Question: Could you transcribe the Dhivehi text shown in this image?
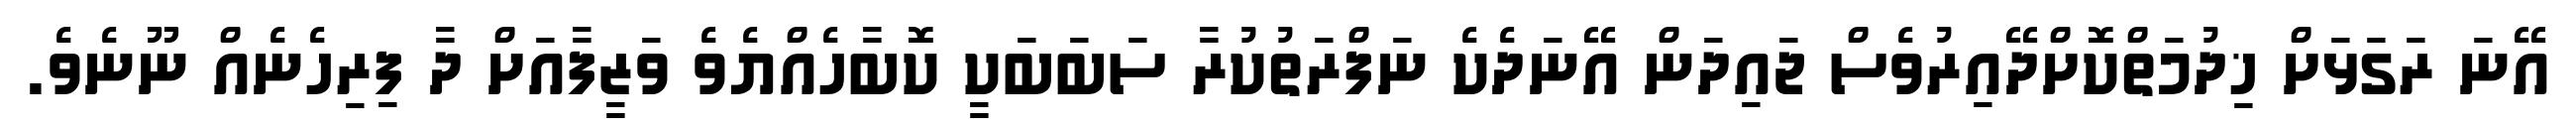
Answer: އޭނަ ރަގަޅަށް ޚިދުމަތްކޮށްދޭއިރުވެސް ޖައިދަން އޭނަދެކެ ނަފްރަތުކުރާ ސަބަބަކީ ކޮބާހެއްޔެވެ ވަޒީފާއަށް ދާ ފިރިހެނެއް ނޫނެވެ.